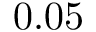
0 . 0 5